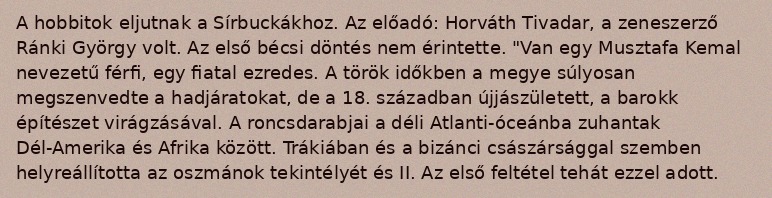
A hobbitok eljutnak a Sírbuckákhoz. Az előadó: Horváth Tivadar, a zeneszerző Ránki György volt. Az első bécsi döntés nem érintette. "Van egy Musztafa Kemal nevezetű férfi, egy fiatal ezredes. A török időkben a megye súlyosan megszenvedte a hadjáratokat, de a 18. században újjászületett, a barokk építészet virágzásával. A roncsdarabjai a déli Atlanti-óceánba zuhantak Dél-Amerika és Afrika között. Trákiában és a bizánci császársággal szemben helyreállította az oszmánok tekintélyét és II. Az első feltétel tehát ezzel adott.